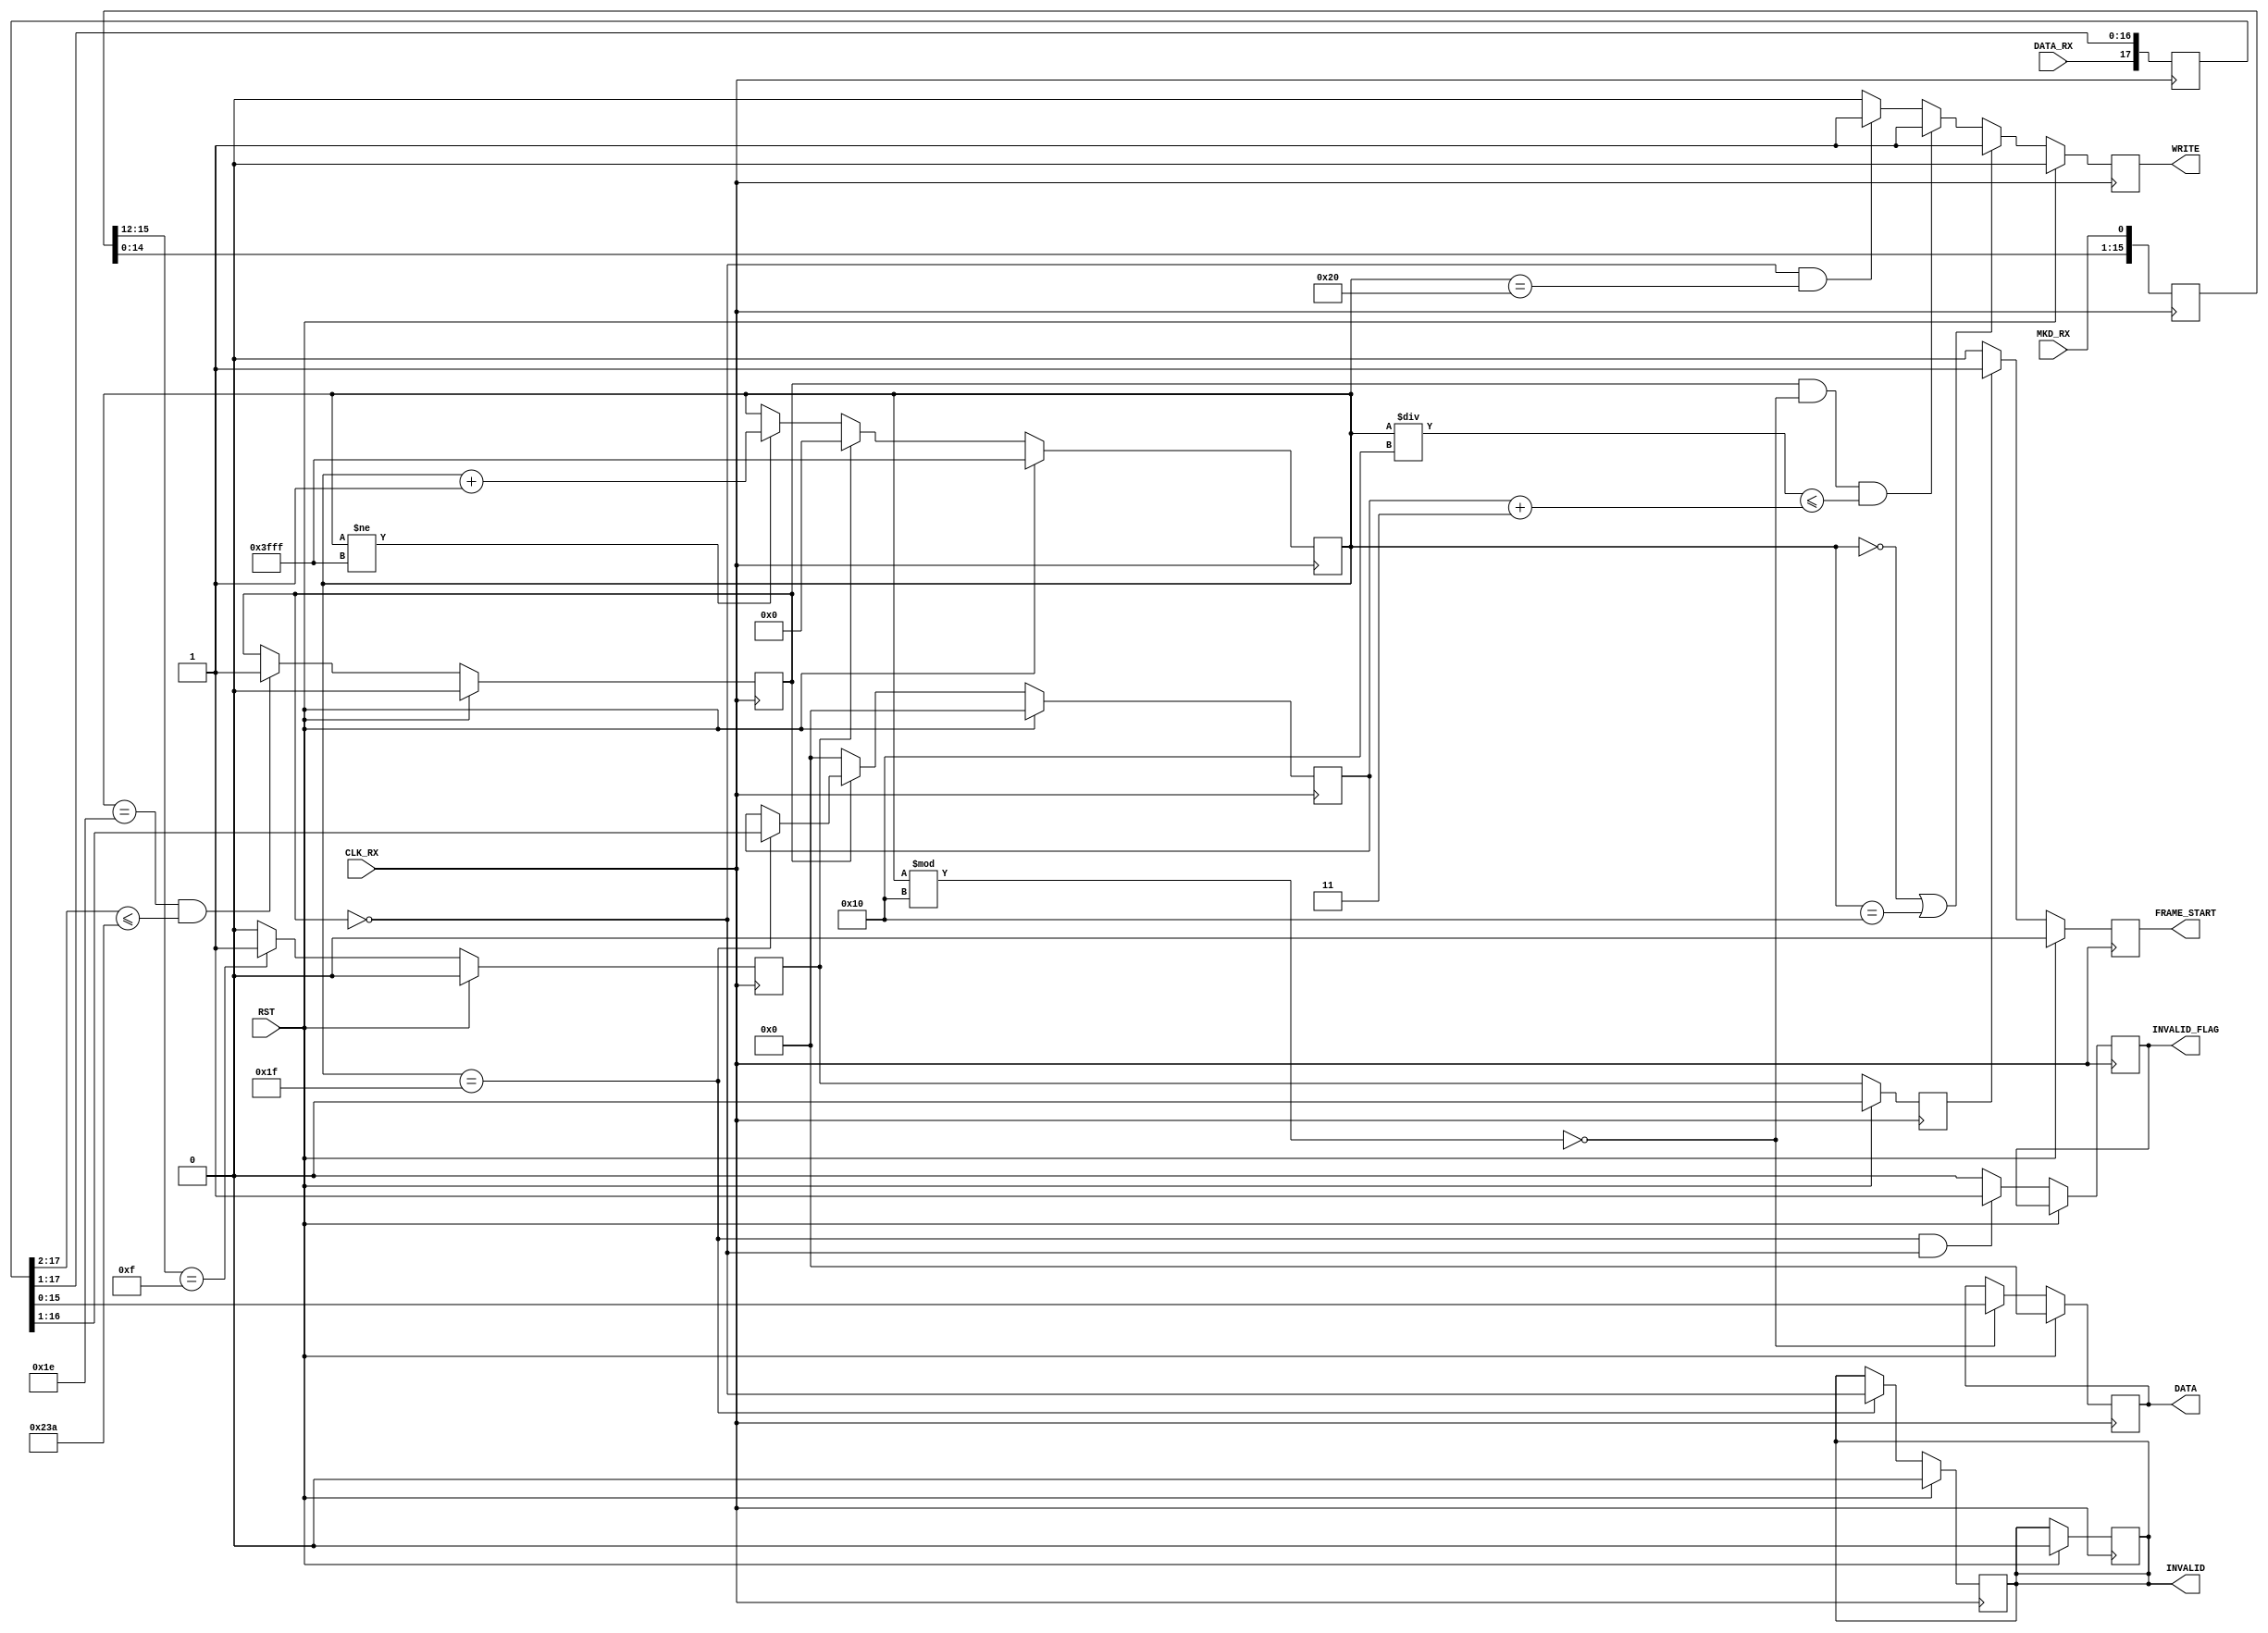
module m26_rx_ch_1
(
    input wire RST,
    input wire CLK_RX,
    input wire MKD_RX,
    input wire DATA_RX,
    output reg WRITE,
    output reg FRAME_START,
    output reg [15:0] DATA,
    output reg INVALID,
    output reg INVALID_FLAG
);
reg [15:0] mkd_sr;
always @(posedge CLK_RX)
    mkd_sr[15:0] <= {mkd_sr[14:0], MKD_RX};
reg [17:0] data_sr;
always @(posedge CLK_RX)
    data_sr[17:0] <= {DATA_RX, data_sr[17:1]};
reg start_cnt;
always @(posedge CLK_RX)
    if(RST)
        start_cnt <= 1'b0;
    else
        if(mkd_sr[15:12] == 4'b1111)
            start_cnt <= 1'b1;
        else
            start_cnt <= 1'b0;
reg start_cnt_dly;
always @(posedge CLK_RX)
    if(RST)
        start_cnt_dly <= 1'b0;
    else
        start_cnt_dly <= start_cnt;
always @(posedge CLK_RX)
    if(RST)
        FRAME_START <= 1'b0;
    else
        if(start_cnt_dly == 1)
            FRAME_START <= 1'b1;
        else
            FRAME_START <= 1'b0;
reg [13:0] data_cnt;  
always @(posedge CLK_RX)
    if(RST)
        data_cnt <= 14'h3FFF;
    else
        if(start_cnt)
            data_cnt <= 0;
        else if(data_cnt != 14'h3FFF)
            data_cnt <= data_cnt + 1;
reg data_len_ok;
always @(posedge CLK_RX)
    if(RST)
        data_len_ok <= 1'b0;
    else
        if(data_cnt==30 && data_sr[17:2] <= 570)  
            data_len_ok <= 1'b1;
always @(posedge CLK_RX)
    if(RST)
        INVALID <= 1'b0;
    else
        if(data_cnt==31)
            INVALID <= !data_len_ok;
always @(posedge CLK_RX)
    if(RST)
        INVALID <= 1'b0;
    else
        if(data_cnt==31 && !data_len_ok)
            INVALID_FLAG <= 1'b1;
        else
            INVALID_FLAG <= 1'b0;
reg [15:0] data_len;
always @(posedge CLK_RX)
    if(RST)
        data_len <= 0;
    else
        if(!data_len_ok)
            data_len <= 0;
        else if(data_cnt==31)
            data_len <= data_sr[16:1];
always @(posedge CLK_RX)
    if(RST)
        WRITE <= 1'b0;
    else
        if(data_cnt == 0 || data_cnt == 16)  
            WRITE <= 1'b1;
        else if(data_len_ok && data_cnt % 16 == 0 && data_cnt / 16 <= data_len + 3)  
            WRITE <= 1'b1;
        else if(!data_len_ok && data_cnt == 32)  
            WRITE <= 1'b1;
        else
            WRITE <= 1'b0;
always @(posedge CLK_RX)
    if(RST)
        DATA <= 1'b0;
    else
        if(data_cnt % 16 == 0)
            DATA <= data_sr[15:0];
endmodule